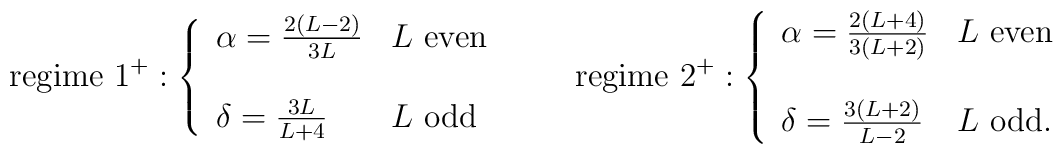
\mbox{regime }1^+:\left\{\begin{array}{ll}\alpha=\frac{2(L-2)}{3L} & L\mbox{ even} \\& \\\delta=\frac{3L}{L+4} & L\mbox{ odd}\end{array} \right.\qquad\mbox{regime }2^+:\left\{\begin{array}{ll}\alpha=\frac{2(L+4)}{3(L+2)} & L\mbox{ even} \\& \\\delta=\frac{3(L+2)}{L-2} & L\mbox{ odd}.\end{array} \right.